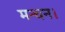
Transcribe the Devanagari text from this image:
मन्चन।